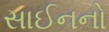
સાઈનનો